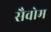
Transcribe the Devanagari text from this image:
सैवोम